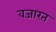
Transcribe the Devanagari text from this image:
वजारत